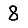
Digit: 8